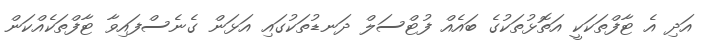
އަދި އެ ޓާފްތަކަކީ އަތޮޅުތަކުގެ ބައެއް ފުޓްސަލް ދަނޑުތަކުގައި އަޅަން ގެނެސްފައިވާ ޓާފްތަކެއްކަން